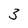
Character: 3